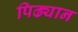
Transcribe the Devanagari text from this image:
पिढ्यान